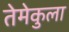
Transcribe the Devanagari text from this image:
तेमेकुला